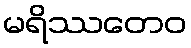
မရိဿတေဝ